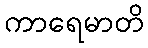
ကာရေမာတိ